Report of the Municipal Commissioner on the plague in Bombay for the year ending 31st May... - Volume 2
Disease focus: Plague
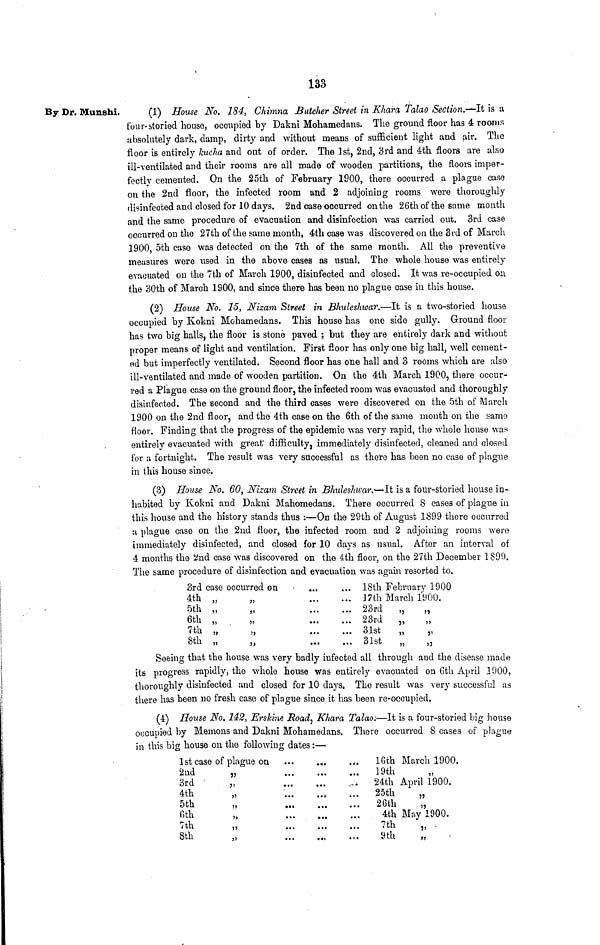
133
By Dr. Munshi,
(1) House No. 184, Chimna Butcher Street in Khara Talao Section.-—It, is a
four-storied house, occupied by Dakni Mohamedans. The ground floor has 4 room*
absolutely dark, damp, dirty and without means of sufficient light and air. The
floor is entirely kucha and out of order. The 1st, 2nd, 3rd and 4th floors are also
ill-ventilated and their rooms are all made of wooden partitions, the floors imper-
fectly cemented. On the 25th of February 1900, there occurred a plague case
on the 2nd floor, the infected room and 2 adjoining rooms were thoroughly
disinfected and closed for 10 days. 2nd case occurred on the 26th of the same month
and the same procedure of evacuation and disinfection was carried out. 3rd case
occurred on the 27th of the same month, 4th case was discovered on the 3rd of March
1900, 5th case was detected on the 7th of the same month. All the preventive
measures were used in the above cases as usual. The whole house was entirely
evacuated on the 7th of March 1900, disinfected and closed. It was re-occupied on
the 30th of March 1900, and since there has been no plague case in this house.
(2) House No. 15, Nizam Street in Bhuleshwar.—It is a two-storied house
occupied by Kokni Mohamedans. This house has one side gully. Ground floor
has two big halls, the floor is stone paved j but they are entirely dark and without
proper means of light and ventilation. First floor has only one big hall, well cement-
ed but imperfectly ventilated. Second floor has one hall and 3 rooms which are also
ill-ventilated and made of wooden partition. On the 4th March 1900, there occur-
red a Plague case on the ground floor, the infected room was evacuated and thoroughly
disinfected. The second and the third cases were discovered on the 5th of March
1900 on the 2nd floor, and the 4th case on the 6th of the same month on the same
floor. Finding that the progress of the epidemic was very rapid, the whole house was
entirely evacuated with great' difficulty, immediately disinfected, cleaned and closed
for a fortnight. The result was very successful as there has been no case of plague
in this house since.
(3) House No. 60, Nizam Street in Bhuleshww:—It is a four-storied house in-
habited by Kokni and Dakni Mahomedans. There occurred 8 cases of plague in
this house and the history stands thus :—On the 29th of August 1899 there occurred
a plague case on the 2nd floor, the infected room and 2 adjoining rooms were
immediately disinfected, and closed for 10 days as usual. After an interval of
4 months the 2nd case was discovered on the 4th floor, on the 27th December 1890.
The same procedure of disinfection and evacuation was again resorted to.
3rd case occurred on
4th
5th
6th
7th
8th
11
11
11
11
11
11
11
11
11
i>
•••
...
...
...
...
...
...
• • *
...
...
...
...
18th February 1900
17lh March 19 00.
23rd
„
„
23rd
„
olst
,,
,,
31st
„
„
Seeing that the house was very badly infected all through and the disease made
its progress rapidly, the whole house was entirely evacuated on 6th April 1900,
thoroughly disinfected and closed for 10 days. The result was very successful as
there has been no fresh case of plague since it has been re-occupied.
(4) House No. 142, Erskine Road, Khara Talao:—li is a four-storied big house
occupied by Memons and Dakni Mohamedans. There occurred 8 cases of plague
in this big house on the following dates:—
1st case of plague on
2nd
„
3rd
„
4th
5th
6th
7th
„
8th
...
• • »
...
...
...
...
...
•ti
.<•
...
_~«
...
• « .
»« •
• • «
...
16th
19th
24th
25th
26th
4th
7th
9th
March 1900.
11
April 1900,
77
5)
May 1900.
j.
11